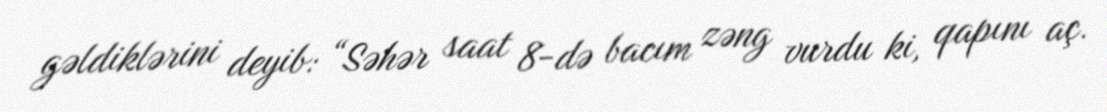
gəldiklərini deyib: “Səhər saat 8-də bacım zəng vurdu ki, qapını aç.